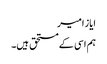
ایاز امیر
ہم اسی کے مستحق ہیں۔